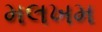
મલખમ